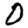
Digit: 0